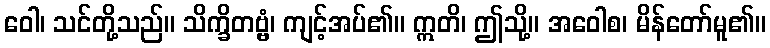
ဝေါ၊ သင်တို့သည်။ သိက္ခိတဗ္ဗံ၊ ကျင့်အပ်၏။ ဣတိ၊ ဤသို့။ အဝေါစ၊ မိန်တော်မူ၏။